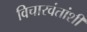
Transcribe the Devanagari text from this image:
विचारवंतांशी